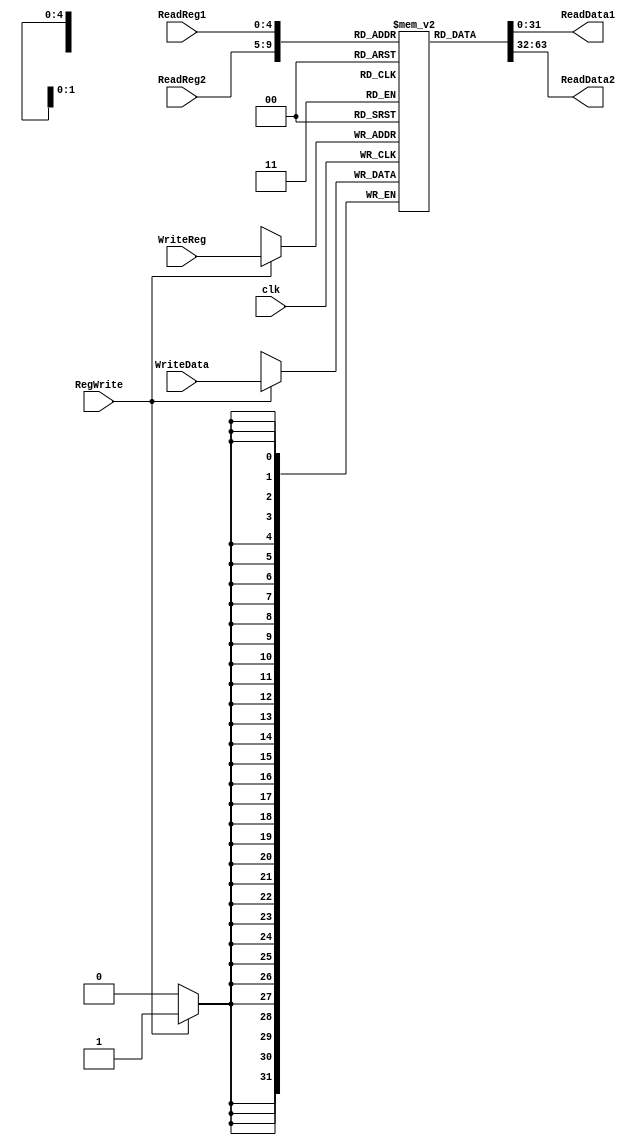
`timescale 1ns / 1ps
module RegisterFile(ReadReg1, ReadReg2, WriteReg, RegWrite, WriteData, clk, ReadData1, ReadData2);
	input [4:0]ReadReg1, ReadReg2, WriteReg;
	input clk, RegWrite;
	input [31:0]WriteData;
	output [31:0]ReadData1, ReadData2;
	
	reg [31:0]regfile[31:0];
	assign ReadData1 = regfile[ReadReg1];
	assign ReadData2 = regfile[ReadReg2];
	
	always @(posedge clk)
		if(RegWrite) begin
			regfile[WriteReg] <= WriteData;
		end
endmodule